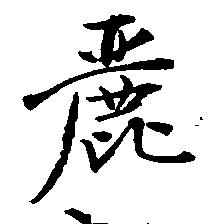
麗